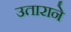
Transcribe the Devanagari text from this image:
उताराने